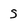
Character: s